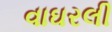
વાઘરલી